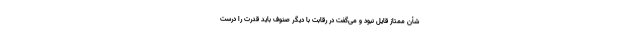
شأن ممتاز قایل نبود و می‌گفت در رقابت با دیگر صنوف باید قدرت را درست